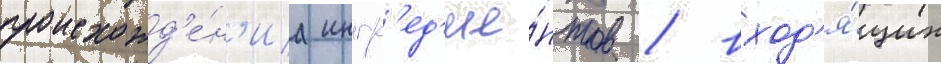
происхожд'е́н'иа ингр'ед'ие́нтов / вход'я́щих